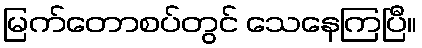
မြက်တောစပ်တွင် သေနေကြပြီ။